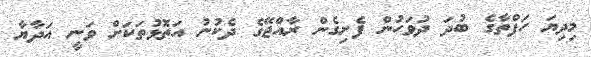
މިދިޔަ ހަފްތާގެ ބުދަ ދުވަހުން ފެށިގެން ރާއްޖޭގެ ދެކުނު އަތޮޅުތަކަށް ވަނީ އަދާޔާ